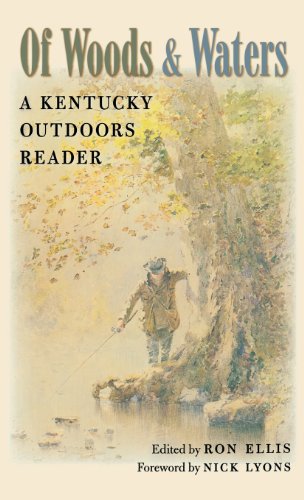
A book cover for Of Woods and Waters: A Kentucky Outdoors Reader; Humor & Entertainment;